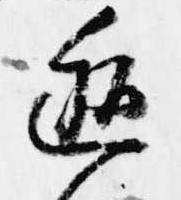
逅